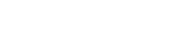
١٥٣